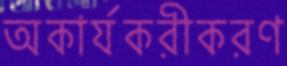
অকার্যকরীকরণ